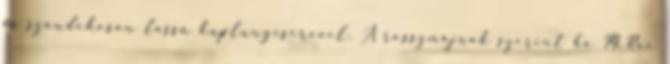
és szándékosan lassú kuplungcserével. A rosszmájúak szerint ha McRae